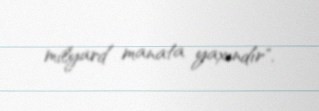
milyard manata yaxındır".